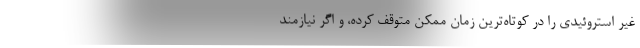
غیر استروئیدی را در کوتاه‌ترین زمان ممکن متوقف کرده، و اگر نیازمند